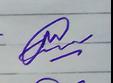
Signature authenticity: genuine